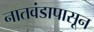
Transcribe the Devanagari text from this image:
नातवंडापासून